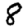
Digit: 8